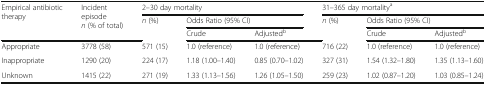
<table><thead><tr><td rowspan="3"><b>Empirical antibiotic therapy</b></td><td rowspan="3"><b>Incident episode<i>n</i> (% of total)</b></td><td colspan="3"><b>2–30 day mortality</b></td><td colspan="3"><b>31–365 day mortality<sup>a</sup></b></td></tr><tr><td rowspan="2"><b><i>n</i> (%)</b></td><td colspan="2"><b>Odds Ratio (95% CI)</b></td><td rowspan="2"><b><i>n</i> (%)</b></td><td colspan="2"><b>Odds Ratio (95% CI)</b></td></tr><tr><td><b>Crude</b></td><td><b>Adjusted<sup>b</sup></b></td><td><b>Crude</b></td><td><b>Adjusted<sup>b</sup></b></td></tr></thead><tbody><tr><td>Appropriate</td><td>3778 (58)</td><td>571 (15)</td><td>1.0 (reference)</td><td>1.0 (reference)</td><td>716 (22)</td><td>1.0 (reference)</td><td>1.0 (reference)</td></tr><tr><td>Inappropriate</td><td>1290 (20)</td><td>224 (17)</td><td>1.18 (1.00–1.40)</td><td>0.85 (0.70–1.02)</td><td>327 (31)</td><td>1.54 (1.32–1.80)</td><td>1.35 (1.13–1.60)</td></tr><tr><td>Unknown</td><td>1415 (22)</td><td>271 (19)</td><td>1.33 (1.13–1.56)</td><td>1.26 (1.05–1.50)</td><td>259 (23)</td><td>1.02 (0.87–1.20)</td><td>1.03 (0.85–1.24)</td></tr></tbody></table>